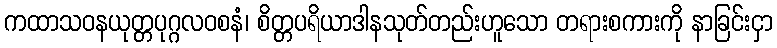
ကထာသဝနယုတ္တပုဂ္ဂလဝစနံ၊ စိတ္တပရိယာဒါနသုတ်တည်းဟူသော တရားစကားကို နာခြင်းငှာ